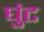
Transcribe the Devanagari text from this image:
घुंट